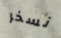
نسخر